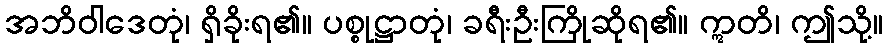
အဘိဝါဒေတုံ၊ ရှိခိုးရ၏။ ပစ္စုဋ္ဌာတုံ၊ ခရီးဦးကြိုဆိုရ၏။ ဣတိ၊ ဤသို့။